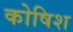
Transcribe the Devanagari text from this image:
कोषिश